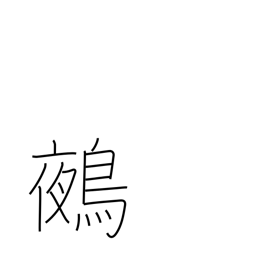
Meaning: chimera